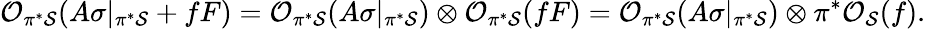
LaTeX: {\cal O}_{\pi^{*}{\cal S}}(A\sigma|_{\pi^{*}{\cal S}}+fF)={\cal O}_{\pi^{*}{\cal S}}(A\sigma|_{\pi^{*}{\cal S}})\otimes{\cal O}_{\pi^{*}{\cal S}}(fF)={\cal O}_{\pi^{*}{\cal S}}(A\sigma|_{\pi^{*}{\cal S}})\otimes\pi^{*}{\cal O}_{{\cal S}}(f).